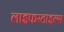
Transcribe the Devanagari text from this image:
लाइफस्टाइल्स